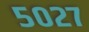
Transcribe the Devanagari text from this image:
५०२७